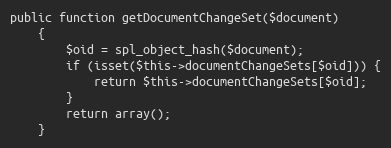
Language: PHP
public function getDocumentChangeSet($document)
    {
        $oid = spl_object_hash($document);
        if (isset($this->documentChangeSets[$oid])) {
            return $this->documentChangeSets[$oid];
        }
        return array();
    }